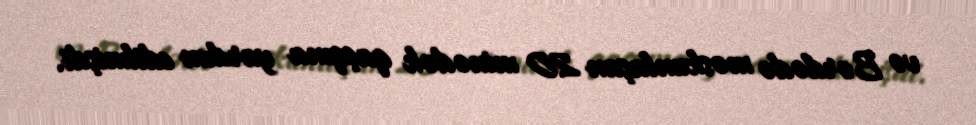
və Bərdədə məskunlaşan 20 minədək qaçqına yardım edilmişdi.